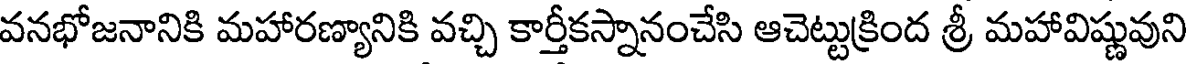
వనభోజనానికి మహారణ్యానికి వచ్చి కార్తీకస్నానంచేసి ఆచెట్టుక్రింద శ్రీ మహావిష్ణువుని